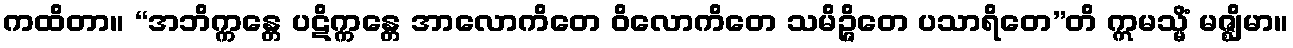
ကထိတာ။ “အဘိက္ကန္တေ ပဋိက္ကန္တေ အာလောကိတေ ဝိလောကိတေ သမိဉ္ဇိတေ ပသာရိတေ”တိ ဣမသ္မိံ မဇ္ဈိမာ။